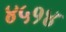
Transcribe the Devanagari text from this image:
४५१४